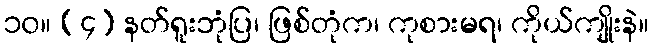
၁၀။ (၄) နတ်ရူးဘုံပြ၊ ဖြစ်တုံက၊ ကုစားမရ၊ ကိုယ်ကျိုးနဲ။